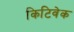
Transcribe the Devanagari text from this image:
किटिवेक